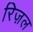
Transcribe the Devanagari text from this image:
रिज़ल